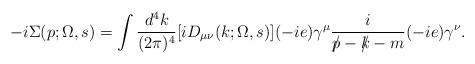
LaTeX: \begin{align*}-i\Sigma (p;\Omega ,s)=\int{d^4k\over (2\pi )^4}[iD_{\mu\nu}(k;\Omega ,s)](-ie)\gamma^\mu {i\over \rlap{/}p-\rlap{/}k-m}(-ie)\gamma^\nu.\end{align*}